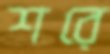
শরে